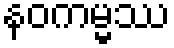
နဝကမ္မဿ